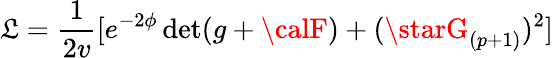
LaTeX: \mathfrak{L}={\frac{{1}}{{2v}}}[e^{-2\phi}\operatorname*{det}(g+{\calF})+(\starG_{(p+1)})^{2}]